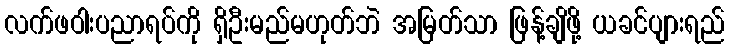
လက်ဖဝါးပညာရပ်ကို ရှိဦးမည်မဟုတ်ဘဲ အမြတ်သာ ဖြန့်ချိဖို့ ယခင်ပျားရည်